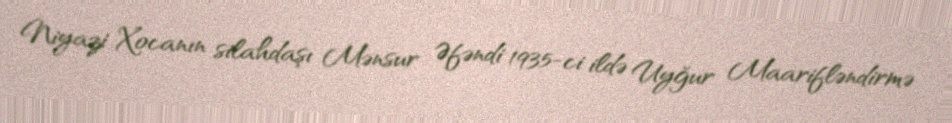
Niyazi Xocanın silahdaşı Mənsur Əfəndi 1935-ci ildə Uyğur Maarifləndirmə